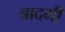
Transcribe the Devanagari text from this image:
बादमी